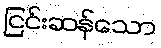
ငြင်းဆန်သော